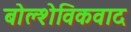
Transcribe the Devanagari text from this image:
बोल्शेविकवाद